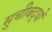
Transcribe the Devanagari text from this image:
सुचीबद्धों